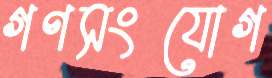
গণসংযোগ